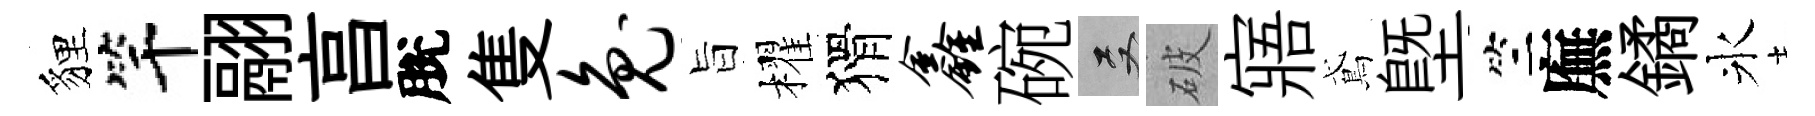
貍竿翮亯脫隻兔旨櫂猾鑫碗双破寤鳶塈竺廡鐍氷